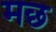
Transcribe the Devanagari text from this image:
मछ